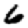
Digit: 6